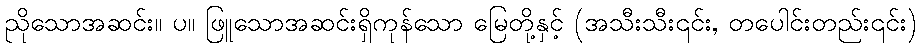
ညိုသောအဆင်း။ ပ။ ဖြူသောအဆင်းရှိကုန်သော မြေတို့နှင့် (အသီးသီး၎င်း, တပေါင်းတည်း၎င်း)